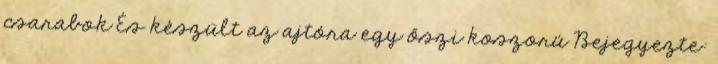
csarabok És készült az ajtóra egy őszi koszorú Bejegyezte: